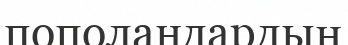
пополандардың